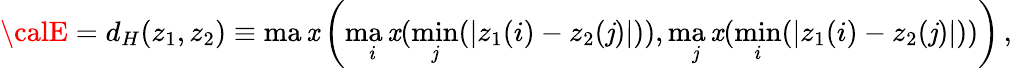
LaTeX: {\calE}=d_{H}(z_{1},z_{2})\equiv\operatorname*{ma\mathit{x}}\left(\operatorname*{ma\mathit{x}}_{i}(\operatorname*{min}_{\mathit{j}}(|z_{1}(i)-z_{2}(\mathit{j})|)),\operatorname*{ma\mathit{x}}_{\mathit{j}}(\operatorname*{min}_{i}(|z_{1}(i)-z_{2}(\mathit{j})|))\right)\, ,